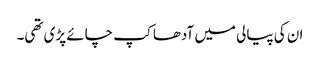
ان کی پیالی میں آدھا کپ چائے پڑی تھی۔